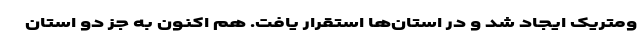
ومتریک ایجاد شد و در استان‌ها استقرار یافت. هم اکنون به جز دو استان